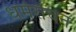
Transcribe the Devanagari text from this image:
धर्मरोचन